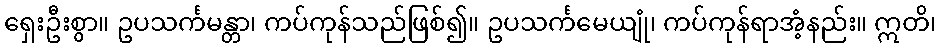
ရှေးဦးစွာ။ ဥပသင်္ကမန္တာ၊ ကပ်ကုန်သည်ဖြစ်၍။ ဥပသင်္ကမေယျုံ၊ ကပ်ကုန်ရာအံ့နည်း။ ဣတိ၊